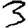
Digit: 3